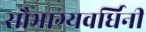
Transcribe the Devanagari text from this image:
सौभाग्यवर्धिनी